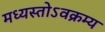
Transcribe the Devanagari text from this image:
मध्यस्तोऽवक्रम्य